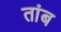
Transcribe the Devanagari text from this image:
तांब